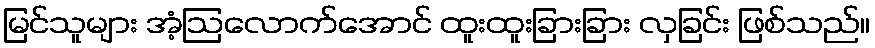
မြင်သူများ အံ့ဩလောက်အောင် ထူးထူးခြားခြား လှခြင်း ဖြစ်သည်။